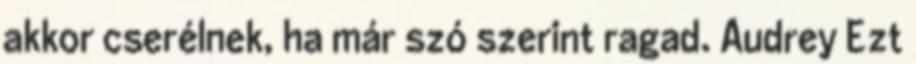
akkor cserélnek, ha már szó szerint ragad. Audrey Ezt